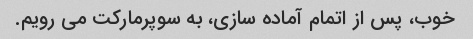
خوب، پس از اتمام آماده سازی، به سوپرمارکت می رویم.